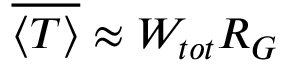
\overline { { \langle T \rangle } } \approx W _ { t o t } { R } _ { G }